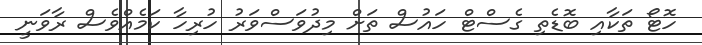
ހޮޓޯ ތަކާއި ބޮޑެތި ގެސްޓް ހައުސް ތަށް މިދުވަސްވަރު ހުރިހާ ކަމެއްވެސް ރާވަނީ